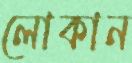
লোকান